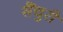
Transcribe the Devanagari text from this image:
सैंचुरी